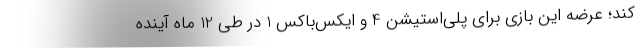
کند؛ عرضه این بازی برای پلی‌استیشن 4 و ایکس‌باکس 1 در طی 12 ماه آینده